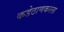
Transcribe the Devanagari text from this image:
कडेठाणकरला